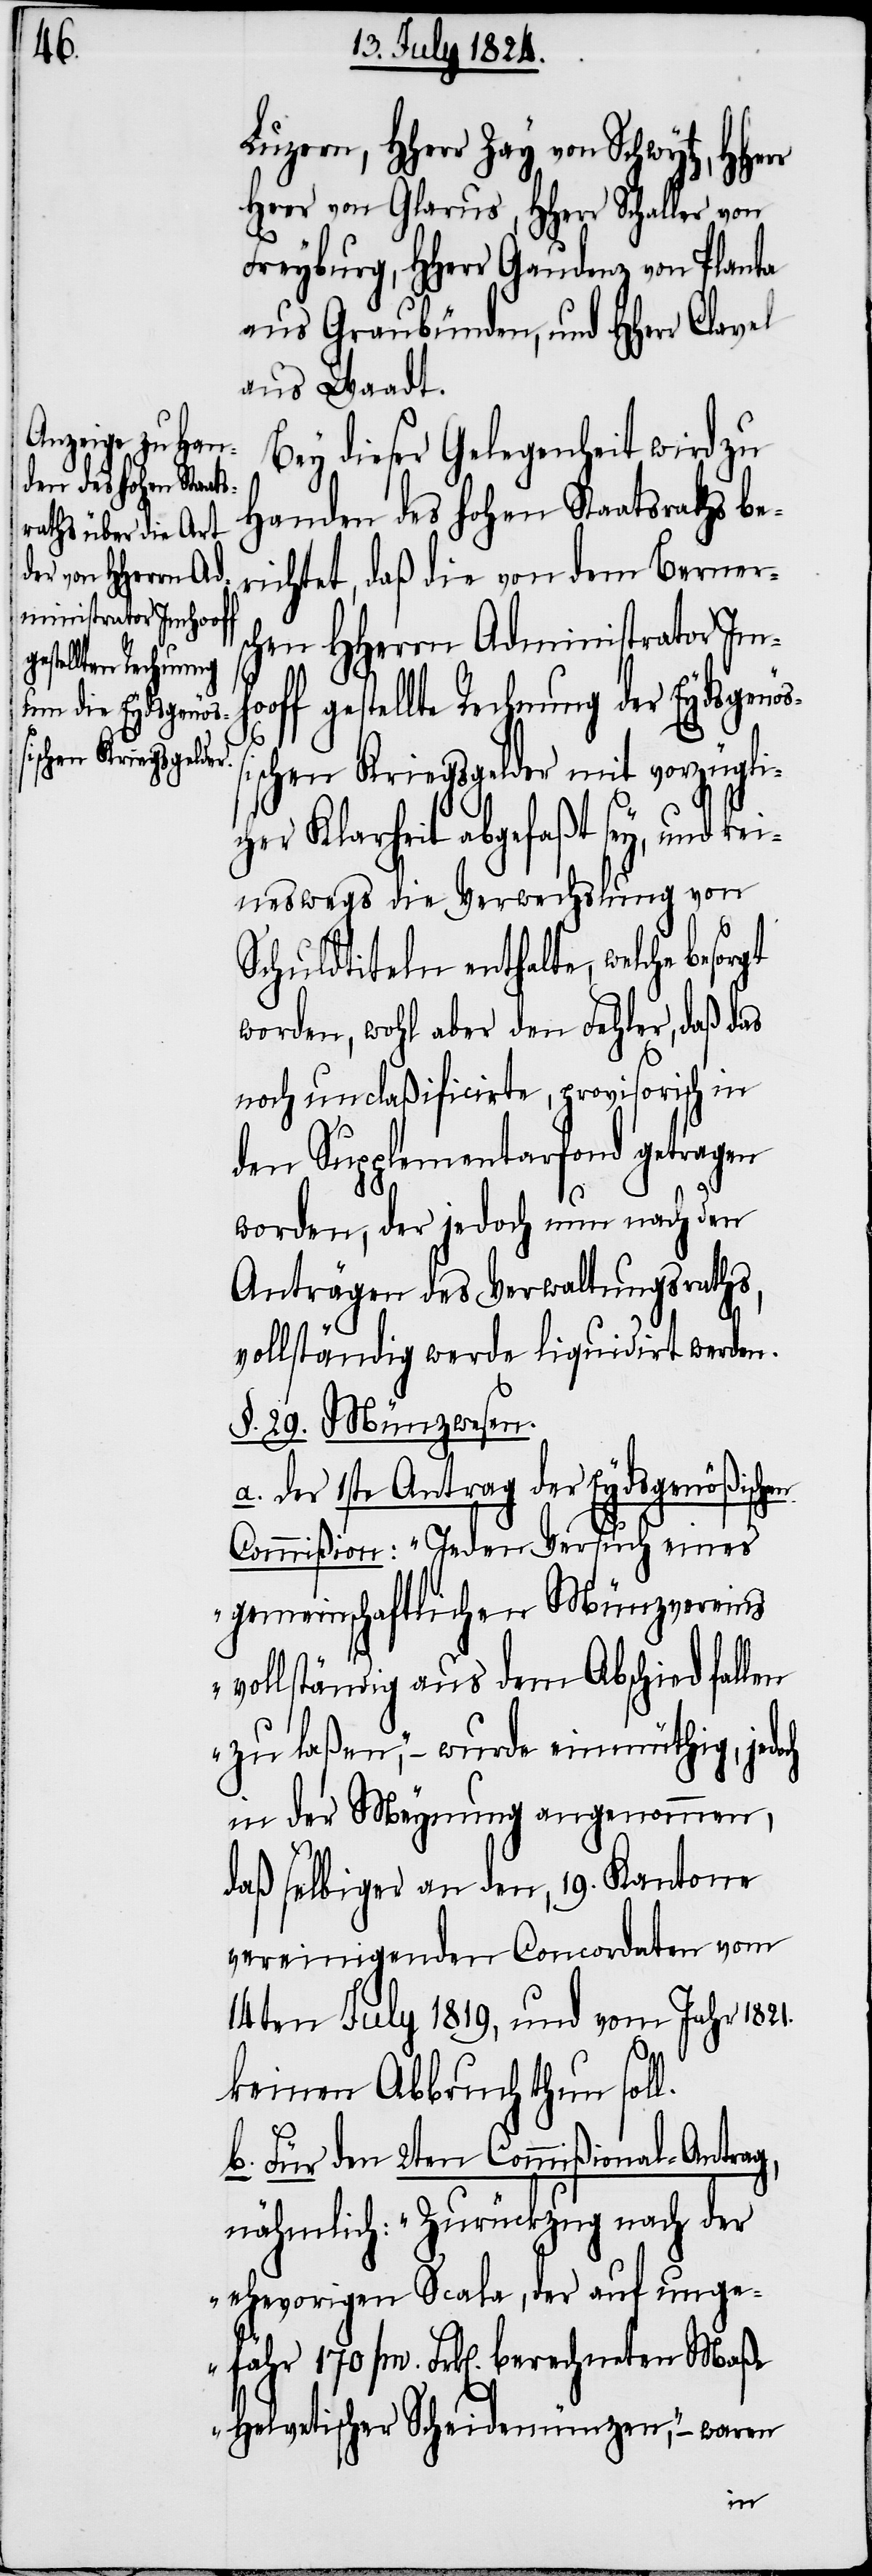
Luzern, HHerr Zay von Schwytz, HHe¬
Heer von Glarus, HHerr Schaller von
Freyburg, HHerr Gaudenz von Planta
aus Graubünden, und HHerr
aus Waadt.
Bey dieser Gelegenheit wird zu
Handen des hohen Staatsraths be¬
richtet, daß die von dem Berners¬
chen HHerrn Administrator Imh¬
ff gestellte Rechnung der Eydsgenöß¬
ischen Kriegsgelder mit vorzügli¬
cher Klarheit abgefaßt sey, und kei¬
neswegs die Verwechslung von
Schuldtiteln enthalte, welche besor¬
worden, wohl aber den Fehler, daß das
noch unclaßificirte, provisorisch in
den Supplementarfond getragen
worden, der jedoch nun nach den
Anträgen des Verwaltungsraths,
vollständig werde liquidirt werden.
§. 29. Münzwesen.
der 1ste Antrag der Eydsgenößisch¬
Commißion: „Jeden Versuch eines
gemeinschaftlichen Münzvereins
vollständig aus dem Abschied fallen
zu laßen,“ – wurde einmüthig, jed¬
in der Meynung angenommen,
och
daß selbiger an den, 19. Kantone
vereinigenden Concordaten vom
14ten July 1819, und vom Jahr 1821.
keinen Abbruch thun soll.
b. Für den 2ten Commißional-Antrag,
nähmlich: „Zurückzug nach der
ehevorigen Scala, der auf unge¬
fähr 170‘000 Frk[en]. berechneten Maße
Helvetischer Scheidemünzen.“ – waren
en